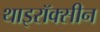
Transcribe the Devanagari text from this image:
थाइरॉक्सीन